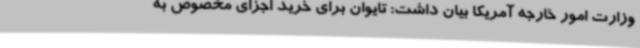
وزارت امور خارجه آمریکا بیان داشت: تایوان برای خرید اجزای مخصوص به